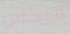
اليكس